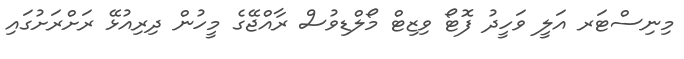
މިނިސްޓަރ އަލީ ވަހީދު ފޮޓޯ ވިޒިޓް މޯލްޑިވުސް ރާއްޖޭގެ މީހުން ދިރިއުޅޭ ރަށްރަށުގައި